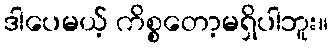
ဒါပေမယ့် ကိစ္စတော့မရှိပါဘူး။